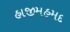
હાજીમહમદ